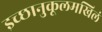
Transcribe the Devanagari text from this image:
इच्छानुकूलमखिलं